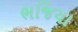
ભજિયા